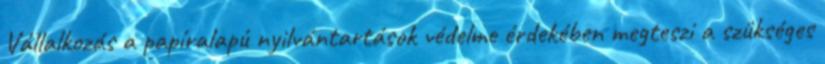
Vállalkozás a papíralapú nyilvántartások védelme érdekében megteszi a szükséges